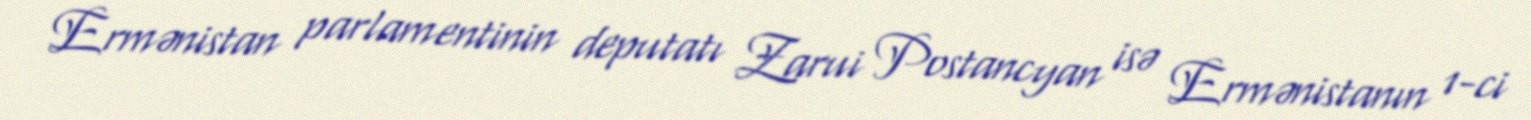
Ermənistan parlamentinin deputatı Zarui Postancyan isə Ermənistanın 1-ci